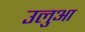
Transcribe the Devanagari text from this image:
उलुआ